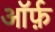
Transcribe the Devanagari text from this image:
ऑर्फ़